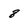
Character: 8